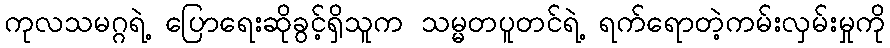
ကုလသမဂ္ဂရဲ့ ပြောရေးဆိုခွင့်ရှိသူက သမ္မတပူတင်ရဲ့ ရက်ရောတဲ့ကမ်းလှမ်းမှုကို